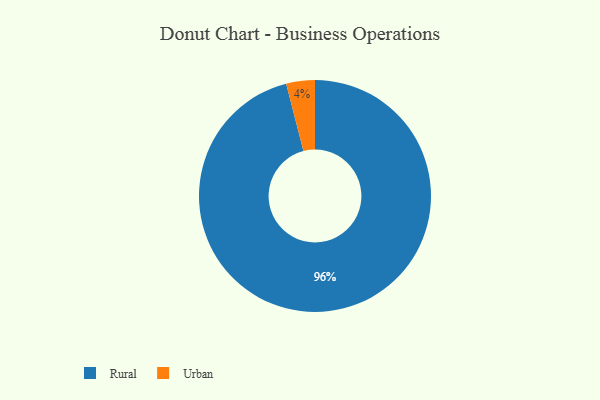
{"axis": {"x": "Category", "y": "Percentage"}, "legend": ["Rural", "Urban"], "data": [{"x": "Urban", "y": 4, "type": "Urban"}, {"x": "Rural", "y": 96, "type": "Rural"}]}